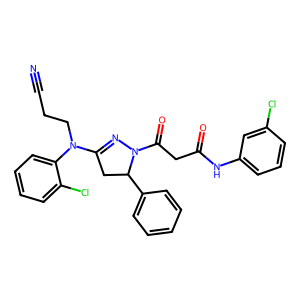
SMILES: N#CCCN(C1=NN(C(=O)CC(=O)Nc2cccc(Cl)c2)C(c2ccccc2)C1)c1ccccc1Cl
Inhibits HIV replication: No